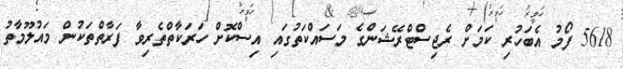
5618 ފޯމު އެބަހުރި ކަމަށް ރެޖިސްޓްރޭޝަންގެ މަސައްކަތުގައި އިސްކޮށް ހަރަކާތްތެރިވާ ފަރާތްތަކުން މައުލޫމާތު